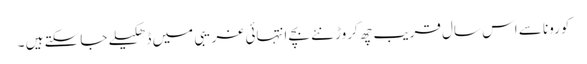
کورونا سے اس سال قریب چھ کروڑ نئے بچے انتہائی غریبی میں ڈھکیلے جا سکتے ہیں ۔